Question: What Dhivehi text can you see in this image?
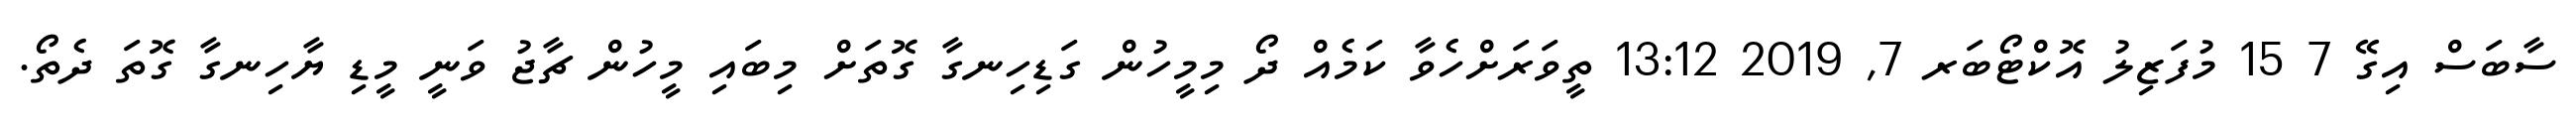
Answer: ސާބަސް އިގޭ 7 15 މުފަޒިލު އޮކްޓޯބަރ 7, 2019 13:12 ތީވަރަށްހެވާ ކަމެއް ދޯ މިމީހުން ގަޑިހިނގާ ގޮތަށް މިބައި މީހުން ޗާޖު ވަނީ މީޑި ޔާހިނގާ ގޮތަ ދެތޯ.